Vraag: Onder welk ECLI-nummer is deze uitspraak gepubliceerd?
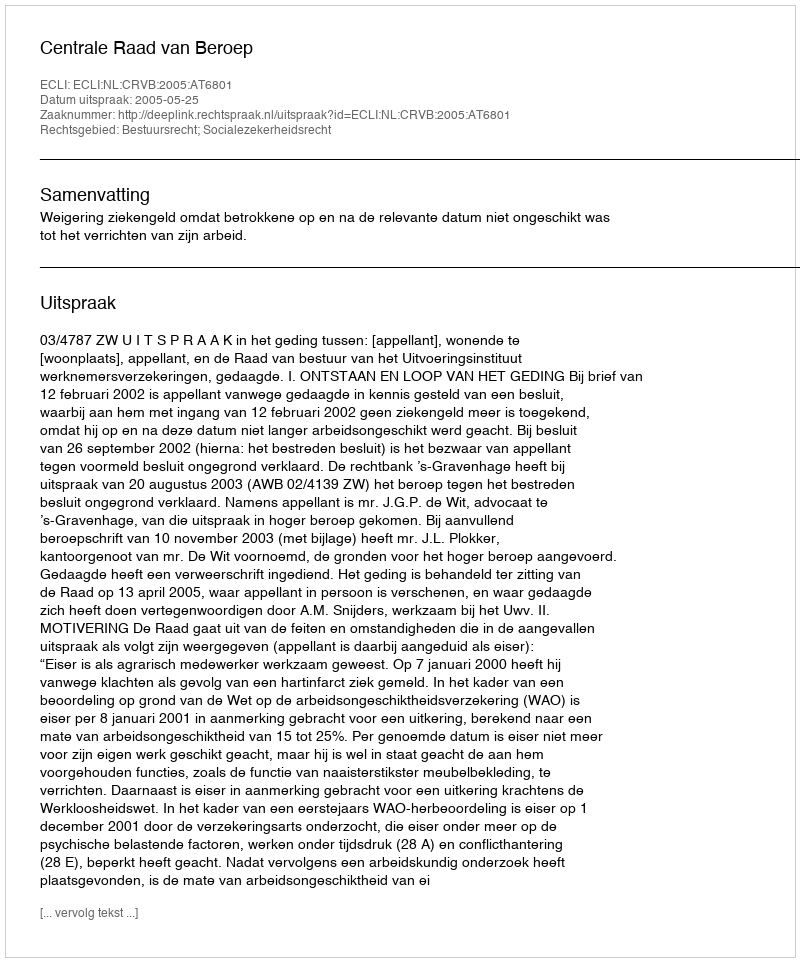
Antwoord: ECLI:NL:CRVB:2005:AT6801